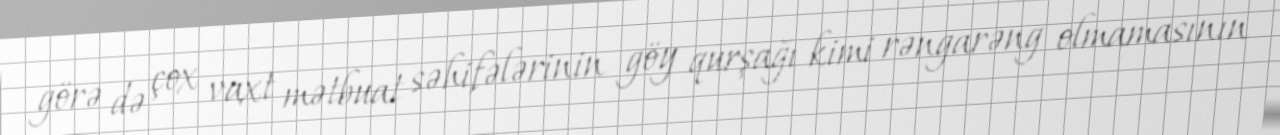
görə də çox vaxt mətbuat səhifələrinin göy qurşağı kimi rəngarəng olmamasının